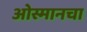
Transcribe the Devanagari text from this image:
ओस्मानचा